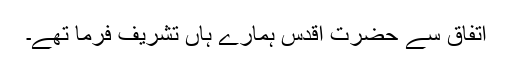
اتفاق سے حضرت اقدس ہمارے ہاں تشریف فرما تھے۔